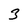
Character: 3